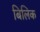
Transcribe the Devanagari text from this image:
बिलिक